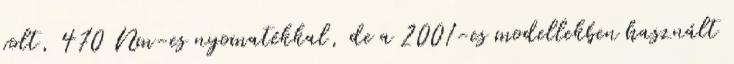
volt, 470 Nm-es nyomatékkal, de a 2001-es modellekben használt